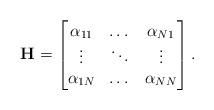
LaTeX: \begin{align*}\mathbf{H}=\begin{bmatrix}\alpha_{11} & \dots & \alpha_{N1}\\\vdots & \ddots &\vdots\\\alpha_{1N} & \dots & \alpha_{NN}\\\end{bmatrix}.\end{align*}